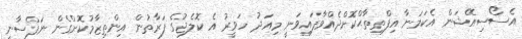
އެސޯސިއޭޝަން އެކަމަނާ އިފްތިތާޙްކޮށްދެއްވާފައިވަނީ މިއަދު ހަވީރު އެ ކޮލެޖުގެ ފަރާތުން އިންތިޒާމުކޮށްގެން ނަފްސާނީ